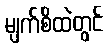
မျက်စိထဲတွင်